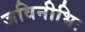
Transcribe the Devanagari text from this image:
जविनीभिः